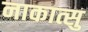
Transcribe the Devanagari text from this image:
नाकात्सु